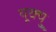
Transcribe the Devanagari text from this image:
यूक्यु